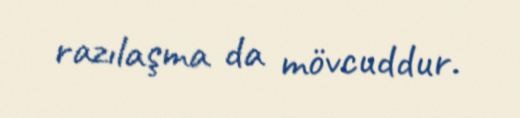
razılaşma da mövcuddur.